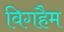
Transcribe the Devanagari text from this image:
विगहैम